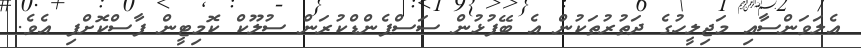
އެލަވަންސާއި މަޖިލީހުގެ ދަތުރުތަކުން އެ ބޭފުޅުން ސަސްޕެންޑްކުރަން ސުލޫކް ކޮމިޓީން ފާސްކޮށްފި އެވެ.